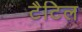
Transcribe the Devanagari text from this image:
टैटिल